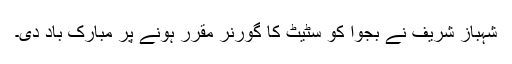
شہباز شریف نے بجوا کو سٹیٹ کا گورنر مقرر ہونے پر مبارک باد دی۔